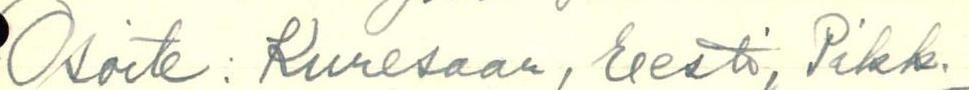
Osoite: Kuresaar, Eesti, Pikk.